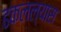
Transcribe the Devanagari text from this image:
ढकलल्यास